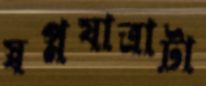
স্বপ্নযাত্রাটা